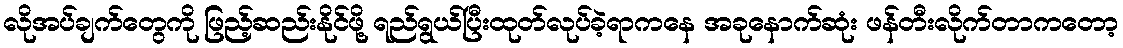
လိုအပ်ချက်တွေကို ဖြည့်ဆည်းနိုင်ဖို့ ရည်ရွယ်ပြီးထုတ်လုပ်ခဲ့ရာကနေ အခုနောက်ဆုံး ဖန်တီးလိုက်တာကတော့